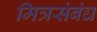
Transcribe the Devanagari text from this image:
मित्रसंबंध